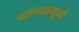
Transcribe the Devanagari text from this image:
बालासगूनी